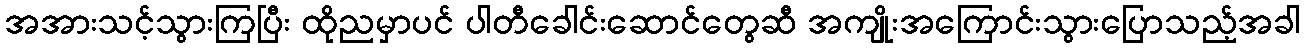
အအားသင့်သွားကြပြီး ထိုညမှာပင် ပါတီခေါင်းဆောင်တွေဆီ အကျိုးအကြောင်းသွားပြောသည့်အခါ